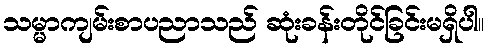
သမ္မာကျမ်းစာပညာသည် ဆုံးခန်းတိုင်ခြင်းမရှိပါ။